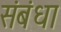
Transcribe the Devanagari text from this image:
संबंधा